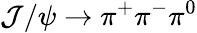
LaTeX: \mathcal{J}/\psi\to\pi^{+}\pi^{-}\pi^{0}